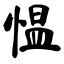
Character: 愠